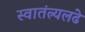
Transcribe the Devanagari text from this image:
स्वातंत्र्यलढे